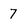
Character: 7